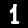
Digit: 1